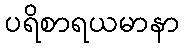
ပရိစာရယမာနာ